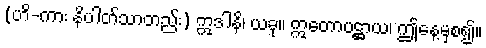
(ဟိ-ကား နိပါတ်သာတည်း) ဣဒါနိ၊ ယခု။ ဣတောပဋ္ဌာယ၊ ဤနေ့မှစ၍။